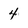
Character: 4